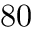
8 0